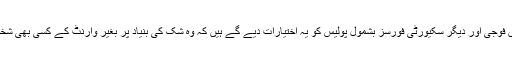
آرڈیننس کی متنازع شقوں میں فوجی اور دیگر سکیورٹی فورسز بشمول پولیس کو یہ اختیارات دیے گے ہیں کہ وہ شک کی بنیاد پر بغیر وارنٹ کے کسی بھی شخص کو گرفتار کر سکتے ہیں۔